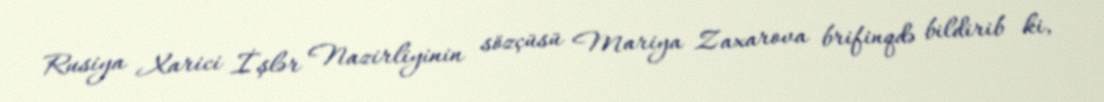
Rusiya Xarici İşlər Nazirliyinin sözçüsü Mariya Zaxarova brifinqdə bildirib ki,